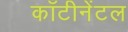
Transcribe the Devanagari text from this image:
काँटीनेंटल